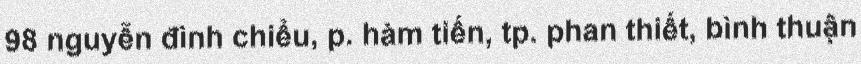
98 nguyễn đình chiểu, p. hàm tiến, tp. phan thiết, bình thuận